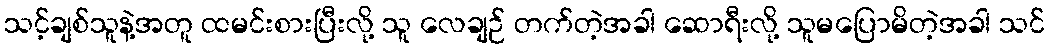
သင့်ချစ်သူနဲ့အတူ ထမင်းစားပြီးလို့ သူ လေချဉ် တက်တဲ့အခါ ဆောရီးလို့ သူမပြောမိတဲ့အခါ သင်